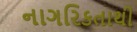
નાગરિકતાથી